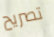
تصريح